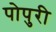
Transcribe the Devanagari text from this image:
पोपुरी